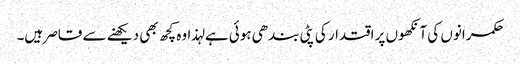
حکمرانوں کی آنکھوں پر اقتدار کی پٹی بندھی ہوئی ہے لہذا وہ کچھ بھی دیکھنے سے قاصر ہیں۔